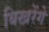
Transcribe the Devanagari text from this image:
बिखरेंगे